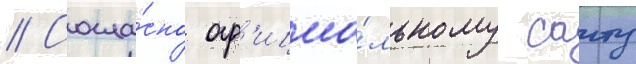
// Согла́сно оф'ициа́льному саиту